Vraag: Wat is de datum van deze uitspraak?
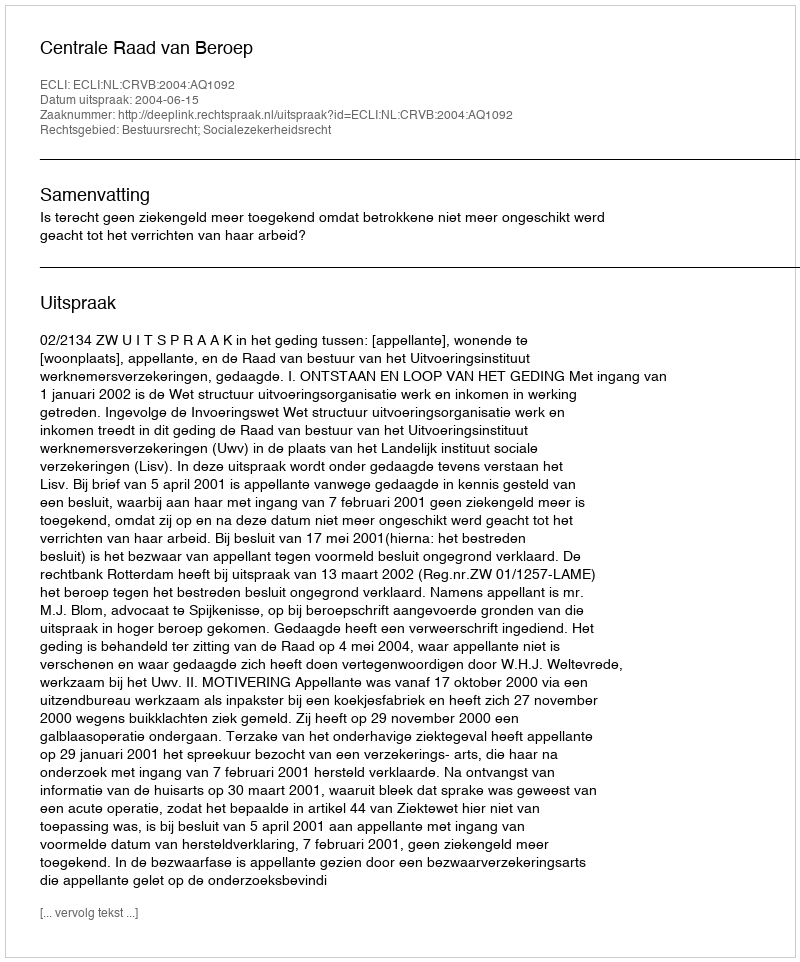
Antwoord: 2004-06-15